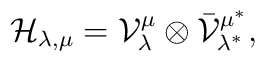
\mathcal{H}_{\lambda,\mu} =   \mathcal{V}_\lambda^\mu \otimes \bar\mathcal{V}_{\lambda^*}^{\mu^*},